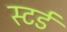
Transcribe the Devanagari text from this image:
स्टर्ड